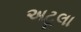
અટૂલા